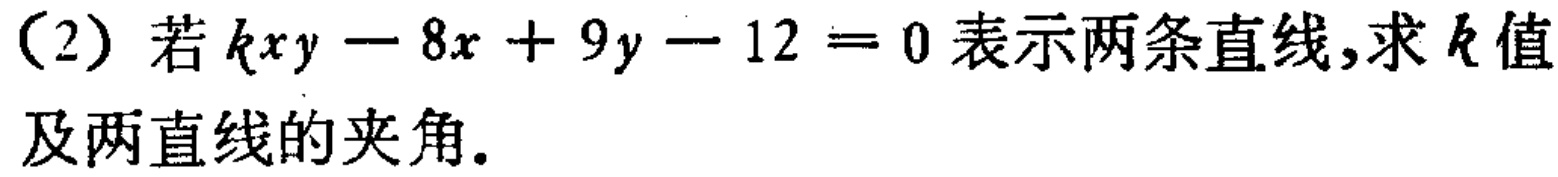
(2) 若 \(kxy - 8x + 9y - 12 = 0\) 表示两条直线,求 \(k\) 值及两直线的夹角.